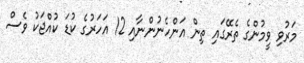
މަރުވި ވީމުންގެ ތެރޭގައި ތިން އަންހެނުންނާއި 12 އަހަރުގެ ކުޑަ ކުއްޖަކު ވެސް